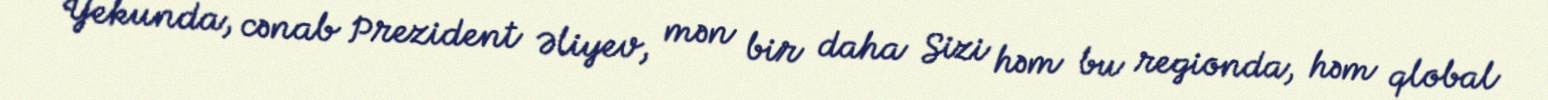
Yekunda, cənab Prezident Əliyev, mən bir daha Sizi həm bu regionda, həm qlobal